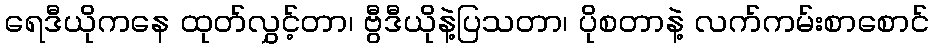
ရေဒီယိုကနေ ထုတ်လွှင့်တာ၊ ဗွီဒီယိုနဲ့ပြသတာ၊ ပိုစတာနဲ့ လက်ကမ်းစာစောင်